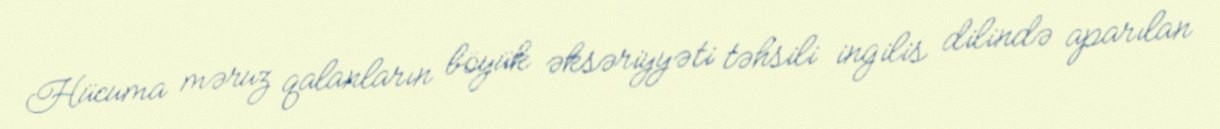
Hücuma məruz qalanların böyük əksəriyyəti təhsili ingilis dilində aparılan